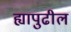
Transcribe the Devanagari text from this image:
ह्यापुढील